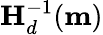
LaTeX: \mathbf{H}_{d}^{-1}(\mathbf{m})